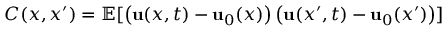
C ( x , x ^ { \prime } ) = \mathbb { E } [ \left( { \mathbf { u } } ( x , t ) - { \mathbf { u } } _ { 0 } ( x ) \right) \left( { \mathbf { u } } ( x ^ { \prime } , t ) - { \mathbf { u } } _ { 0 } ( x ^ { \prime } ) \right) ]